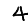
Digit: 4